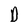
Character: D